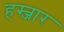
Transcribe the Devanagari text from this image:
हस्जार